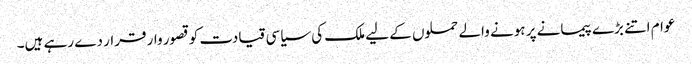
عوام اتنے بڑے پیمانے پر ہونے والے حملوں کے لیے ملک کی سیاسی قیادت کو قصور وار قرار دے رہے ہیں۔